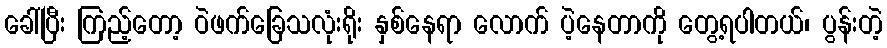
ခေါ်ပြီး ကြည့်တော့ ဝဲဖက်ခြေသလုံးရိုး နှစ်နေရာ လောက် ပဲ့နေတာကို တွေ့ရပါတယ်၊ ပွန်းတဲ့